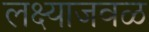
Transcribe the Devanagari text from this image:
लक्ष्याजवळ